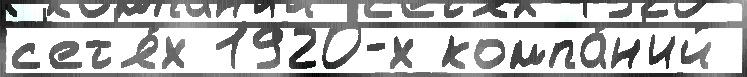
с'ет'я́х 1920-х компа́н'ий